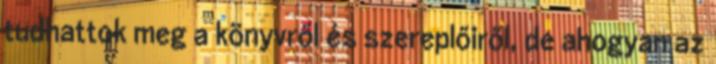
tudhattok meg a könyvről és szereplőiről, de ahogyan az